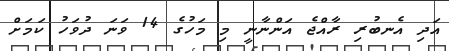
އަދި އެނބުރި ރާއްޖެ އަންނާނީ މި މަހުގެ 14 ވަނަ ދުވަހު ކަމަށް